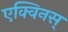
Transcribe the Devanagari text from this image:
एक्विनस्